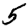
Digit: 5